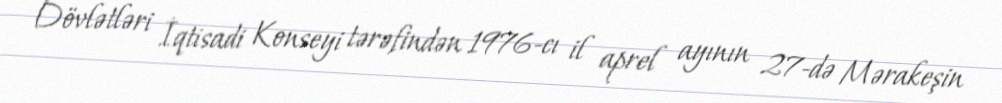
Dövlətləri İqtisadi Konseyi tərəfindən 1976-cı il aprel ayının 27-də Mərakeşin